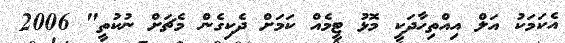
އެކަމަކު އަލް އިއްތިހާދަކީ މޮޅު ޓީމެއް ކަމަށް ދެކިގެން މެޗަށް ނުކުތީ" 2006